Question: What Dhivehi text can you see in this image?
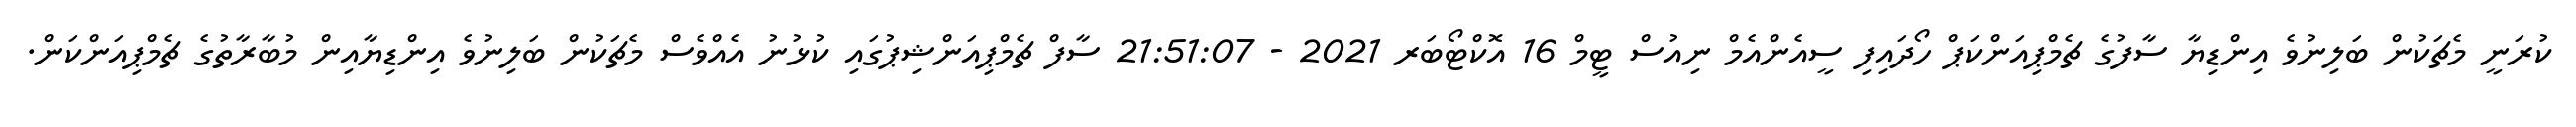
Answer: ކުރަނީ މެޗަކުން ބަލިނުވެ އިންޑިޔާ ސާފުގެ ޗެމްޕިއަންކަޕް ހޯދައިފި ސީއެންއެމް ނިއުސް ޓީމް 16 އޮކްޓޯބަރ 2021 - 21:51:07 ސާފް ޗެމްޕިއަންޝިޕުގައި ކުޅުނު އެއްވެސް މެޗަކުން ބަލިނުވެ އިންޑިޔާއިން މުބާރާތުގެ ޗެމްޕިއަންކަން.